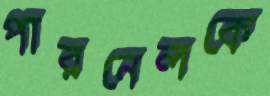
পারনেলকে